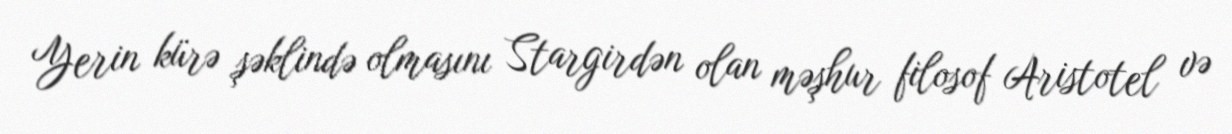
Yerin kürə şəklində olmasını Stargirdən olan məşhur filosof Aristotel və